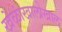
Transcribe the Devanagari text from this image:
खेळांखालोखाल